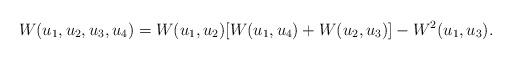
LaTeX: \begin{align*}W(u_1,u_2,u_3,u_4)=W(u_1,u_2)[W(u_1,u_4)+W(u_2,u_3)]-W^2(u_1,u_3).\end{align*}